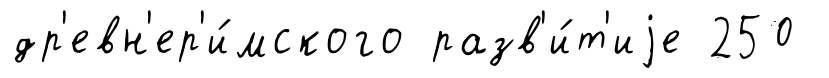
др'евн'ер'и́мского разв'и́т'иjе 250